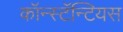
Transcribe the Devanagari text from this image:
कॉन्स्टॅन्टियस